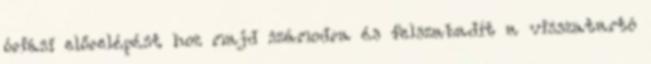
óriási előrelépést hoz majd számodra és felszabadít a visszatartó